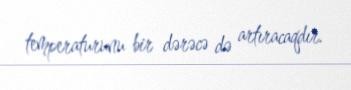
temperaturunu bir dərəcə də artıracaqdır.